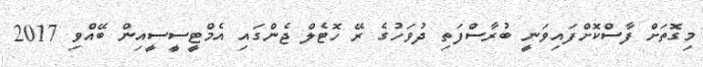
މިގޮތަށް ފާސްކޮށްފައިވަނީ ބުރާސްފަތި ދުވަހުގެ ރޭ ހޮޓެލް ޖެންގައި އެމްޓީސީސީއިން ބޭއްވި 2017